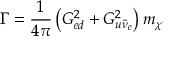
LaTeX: \Gamma = \frac 1 { 4 \pi } \left( G _ { e d } ^ { 2 } + G _ { u \bar { \nu } _ { e } } ^ { 2 } \right) m _ { \chi }